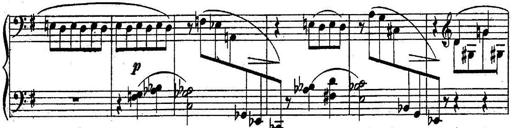
Title: Sonatine
Composer: Adrian Shaposhnikov
Key: E minor